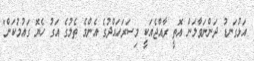
އަޅުގަނޑު ދަންނަވާލަން އޮތީ ރާއްޖެއަކީ މިސަރަހައްދުގެ އެންމެ ތެލުގެ އަގު ހެޔޮ ގައުމުކަން"